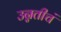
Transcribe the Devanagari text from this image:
उन्नतीचं